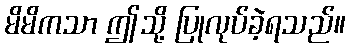
မိမိကသာ ဤသို့ ပြုလုပ်ခဲ့ရသည်။